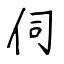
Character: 伺